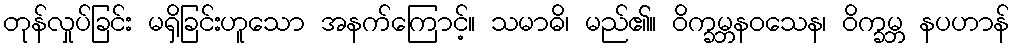
တုန်လှုပ်ခြင်း မရှိခြင်းဟူသော အနက်ကြောင့်။ သမာဓိ၊ မည်၏။ ဝိက္ခမ္ဘနဝသေန၊ ဝိက္ခမ္ဘ နပဟာန်